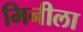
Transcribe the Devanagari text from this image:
मिनीला